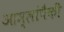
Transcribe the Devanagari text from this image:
आम्लांपैकी